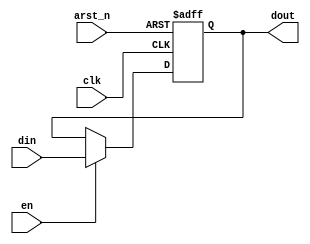
// Configurable register for variable width with enable

module reg_arstn_en#(
parameter integer DATA_W     = 20,
parameter integer PRESET_VAL = 0
   )(
      input                  clk,
      input                  arst_n,
      input                  en,
      input  [ DATA_W-1:0]   din,
      output [ DATA_W-1:0]   dout
);

reg [DATA_W-1:0] r,nxt;

always@(posedge clk, negedge arst_n)begin
   if(arst_n==0)begin
      r <= PRESET_VAL;
   end else begin
      r <= nxt;
   end
end

always@(*) begin
   if(en == 1'b1)begin
      nxt = din;
   end else begin
      nxt = r;
   end
end

assign dout = r;

endmodule